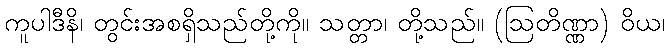
ကူပါဒီနိ၊ တွင်းအစရှိသည်တို့ကို။ သတ္တာ၊ တို့သည်။ (ဩတိဏ္ဏာ) ဝိယ၊